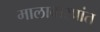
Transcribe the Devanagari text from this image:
मालाबारप्रांत